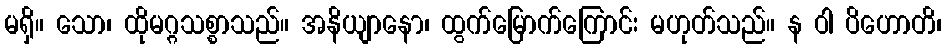
မရှိ။ သော၊ ထိုမဂ္ဂသစ္စာသည်။ အနိယျာနော၊ ထွက်မြောက်ကြောင်း မဟုတ်သည်။ န ဝါ ပိဟောတိ၊